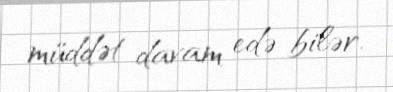
müddət davam edə bilər.